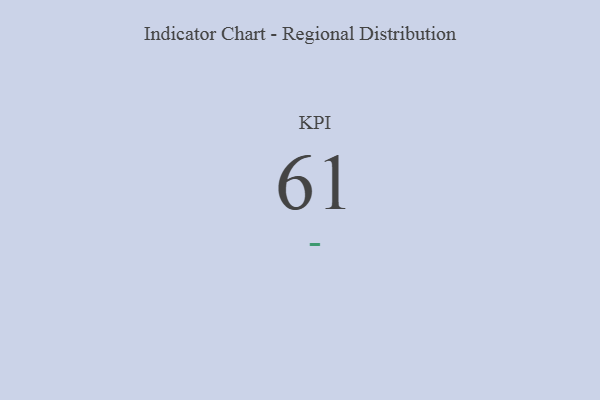
{"axis": {"x": "KPI", "y": "Value"}, "legend": [""], "data": [{"x": "KPI", "y": 61, "type": ""}]}